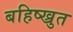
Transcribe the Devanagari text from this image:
बहिष्ख्रुत